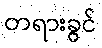
တရားခွင်